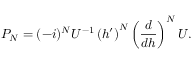
P _ { \cal N } = ( - i ) ^ { \cal N } U ^ { - 1 } \left( h ^ { \prime } \right) ^ { \cal N } \left( \frac { d } { d h } \right) ^ { \cal N } U .